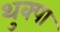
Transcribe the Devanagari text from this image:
थुक्पा